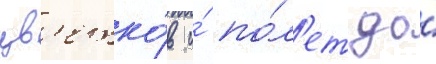
цв'етко́в и́ по́л'ет до́